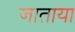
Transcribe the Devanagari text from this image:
जाताया